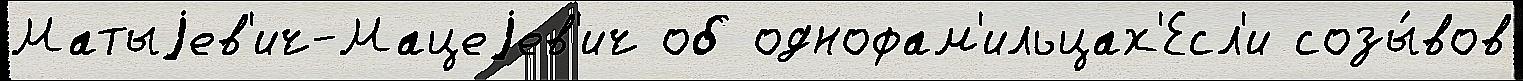
Матыjев'ич-Мацеjев'ич об однофам'ильцах'Есл'и созы́вов